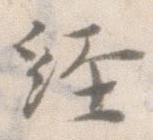
経